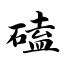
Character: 磕